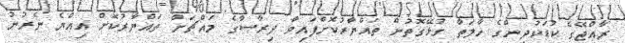
ރާއްޖޭގެ ކުޑަކުދިންގެ ހާލަތާ ގުޅޭގޮތުން ތައްޔާރުކޮށްފައިވާ ދިރާސާގެ މައްޗަށް ތައްޔާރުކޮށް އިއްޔެ ނެރުނު